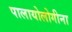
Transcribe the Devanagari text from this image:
पालायोलोगीना